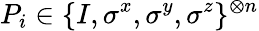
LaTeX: P_{i}\in\{ I,\sigma^{x},\sigma^{y},\sigma^{z}\} ^{\otimes n}